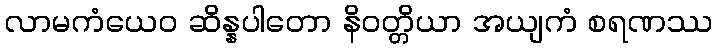
လာမကံယေဝ ဆိန္နပါတော နိဝတ္တိယာ အယျကံ စရဏဿ